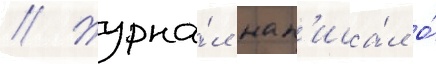
// Журна́л нап'иса́л о́